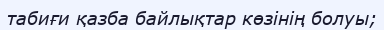
табиғи қазба байлықтар көзінің болуы;